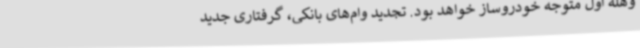
وهله اول متوجه خودروساز خواهد بود. تجدید وام‌های بانکی، گرفتاری جدید